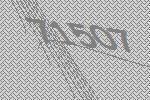
71507